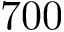
7 0 0